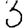
Digit: 3